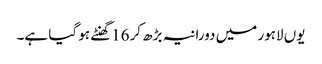
یوں لاہور میں دورانیہ بڑھ کر16گھنٹے ہو گیا ہے۔